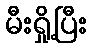
မီးရှို့ပြီး